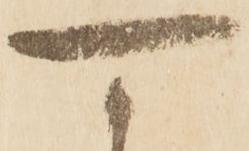
可